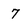
Character: 7